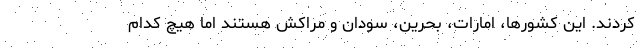
کردند. این کشورها، امارات، بحرین، سودان و مراکش هستند اما هیچ کدام